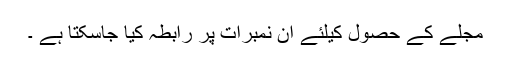
مجلے کے حصول کیلئے ان نمبرات پر رابطہ کیا جاسکتا ہے ۔